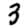
Digit: 3